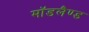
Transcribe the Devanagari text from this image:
मॉडलैण्ड